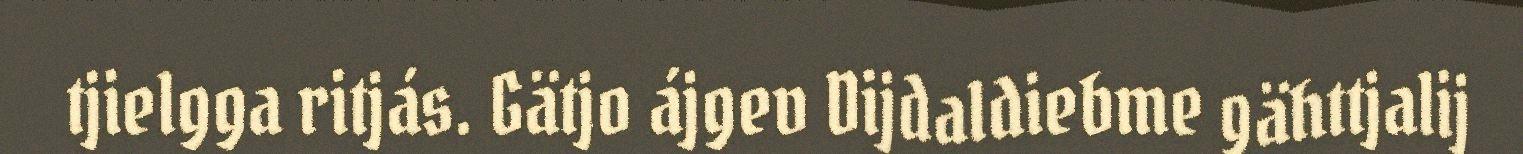
tjielgga ritjás. Gätjo ájgev Dijdaldiebme gähttjalij